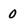
Character: 0